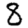
Digit: 8